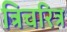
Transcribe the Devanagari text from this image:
त्रिचरित्र